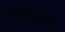
પરિવહિત